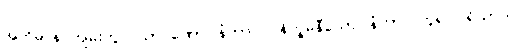
အဘိဓာန် ကျမ်းတွင် သာဝဏော၊ နံကာလ၊ နိက္ခမနီယော၊ နံကာလဟူ၍ ပရိယာယ်